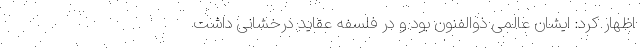
اظهار کرد: ایشان عالمی ذوالفنون بود و در فلسفه عقاید درخشانی داشت